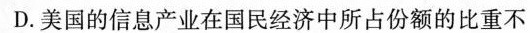
D.美国的信息产业在国民经济中所占份额的比重不